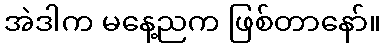
အဲဒါက မနေ့ညက ဖြစ်တာနော်။